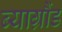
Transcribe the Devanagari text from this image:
ब्याग्रौंड